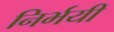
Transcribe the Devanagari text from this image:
निर्भयी